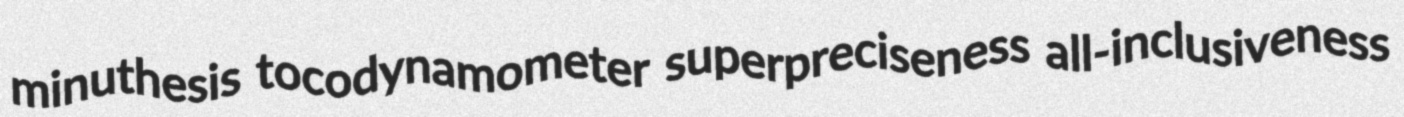
minuthesis tocodynamometer superpreciseness all-inclusiveness